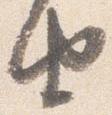
由